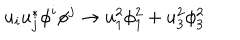
u _ { i } u _ { j } ^ { * } \phi ^ { i } \phi ^ { j } \rightarrow u _ { 1 } ^ { 2 } \phi _ { 1 } ^ { 2 } + u _ { 3 } ^ { 2 } \phi _ { 3 } ^ { 2 }